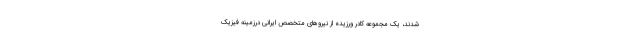
شدند، یک مجموعه کادر ورزیده از نیروهای متخصص ایرانی درزمینه فیزیک